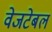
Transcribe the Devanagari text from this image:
वेजटेबल